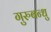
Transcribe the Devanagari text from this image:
गुरुबन्‍धु